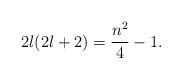
LaTeX: \begin{align*} 2l(2l+2) = \frac{n^2}{4} - 1.\end{align*}